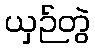
ယှဉ်တွဲ